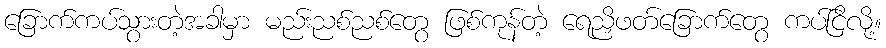
ခြောက်ကပ်သွားတဲ့အခါမှာ မည်းညစ်ညစ်တွေ ဖြစ်ကုန်တဲ့ ရေညှိဖတ်ခြောက်တွေ ကပ်ငြိလို့။